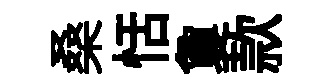
桑恬夐款